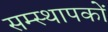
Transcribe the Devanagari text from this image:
सम्स्थापकों